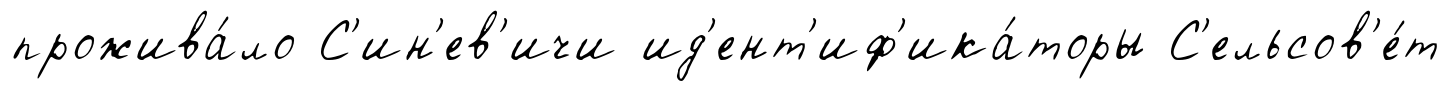
прожива́ло С'ин'ев'ичи ид'ент'иф'ика́торы С'ельсов'е́т